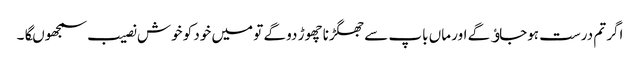
اگر تم درست ہوجاﺅگے اور ماں باپ سے جھگڑنا چھوڑ دو گے تو میں خود کو خوش نصیب سمجھوںگا۔